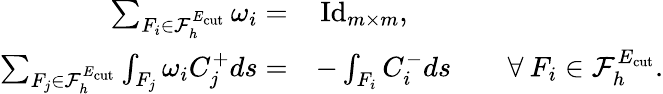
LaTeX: \begin{array}{rl}{\sum_{F_{i}\in\mathcal{F}_{h}^{E_{\mathrm{cut}}}}\omega_{i}=}&{\, \mathrm{Id}_{m\times m},}\\ {\sum_{F_{j}\in\mathcal{F}_{h}^{E_{\mathrm{cut}}}}\int_{F_{j}}\omega_{i}C_{j}^{+}ds=}&{-\int_{F_{i}}C_{i}^{-}ds\qquad\forall\: F_{i}\in\mathcal{F}_{h}^{E_{\mathrm{cut}}}.}\end{array}